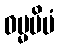
ဓမ္မမိမံ